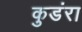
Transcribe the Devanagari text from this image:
कुडंरा